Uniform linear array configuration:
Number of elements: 64
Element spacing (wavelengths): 0.25
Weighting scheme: hamming
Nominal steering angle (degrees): -60
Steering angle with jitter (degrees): -59.773
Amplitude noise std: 0.05
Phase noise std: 0.05

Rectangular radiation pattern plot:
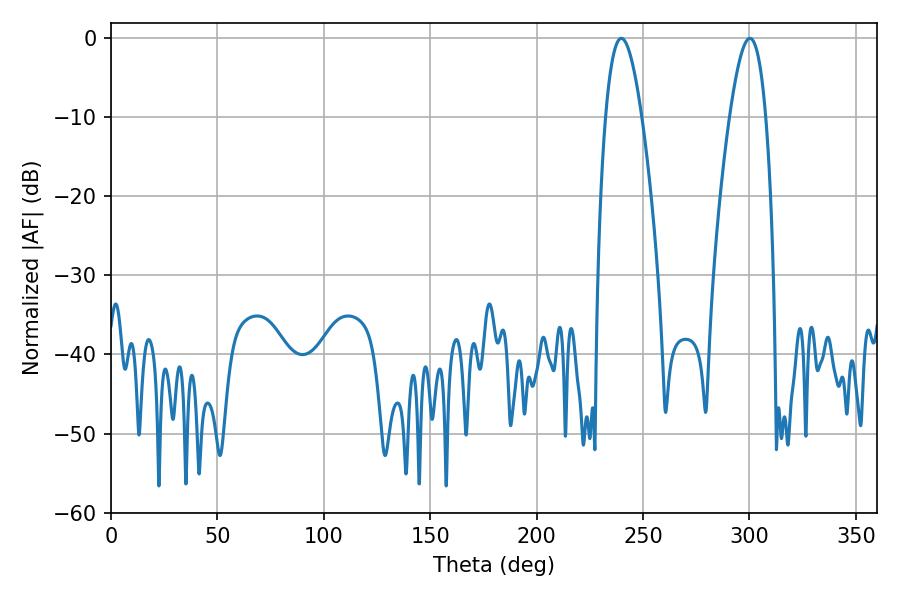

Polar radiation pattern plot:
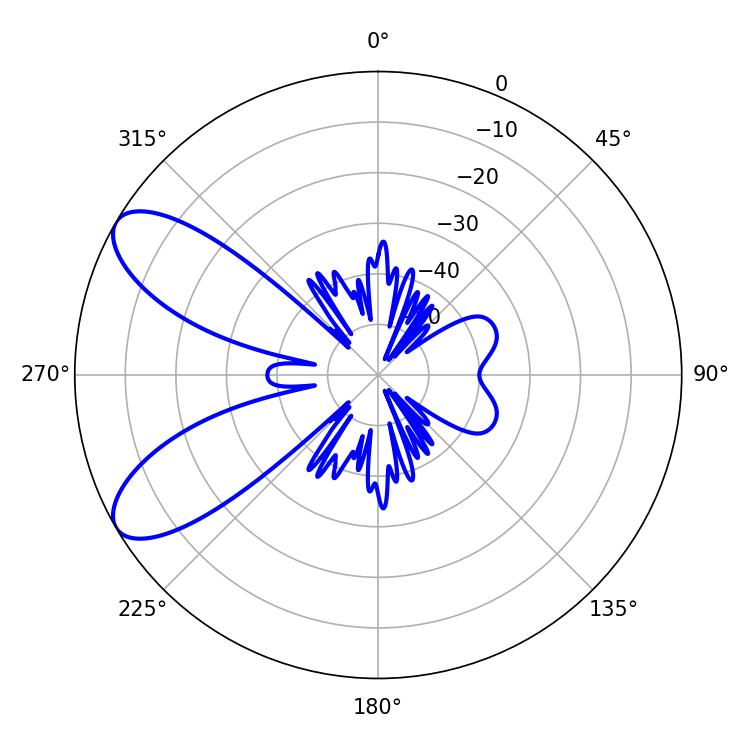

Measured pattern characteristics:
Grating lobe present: FALSE
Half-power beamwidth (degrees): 9.36
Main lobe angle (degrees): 239.76